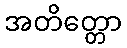
အတိတ္တော